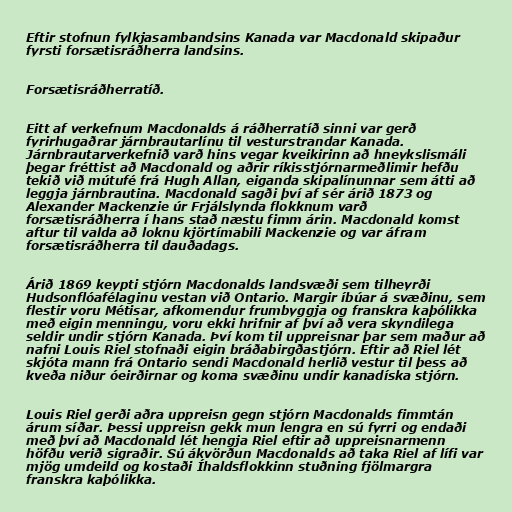
Eftir stofnun fylkjasambandsins Kanada var Macdonald skipaður
fyrsti forsætisráðherra landsins.

Forsætisráðherratíð.

Eitt af verkefnum Macdonalds á ráðherratíð sinni var gerð
fyrirhugaðrar járnbrautarlínu til vesturstrandar Kanada.
Járnbrautarverkefnið varð hins vegar kveikirinn að hneykslismáli
þegar fréttist að Macdonald og aðrir ríkisstjórnarmeðlimir hefðu
tekið við mútufé frá Hugh Allan, eiganda skipalínunnar sem átti að
leggja járnbrautina. Macdonald sagði því af sér árið 1873 og
Alexander Mackenzie úr Frjálslynda flokknum varð
forsætisráðherra í hans stað næstu fimm árin. Macdonald komst
aftur til valda að loknu kjörtímabili Mackenzie og var áfram
forsætisráðherra til dauðadags.

Árið 1869 keypti stjórn Macdonalds landsvæði sem tilheyrði
Hudsonflóafélaginu vestan við Ontario. Margir íbúar á svæðinu, sem
flestir voru Métisar, afkomendur frumbyggja og franskra kaþólikka
með eigin menningu, voru ekki hrifnir af því að vera skyndilega
seldir undir stjórn Kanada. Því kom til uppreisnar þar sem maður að
nafni Louis Riel stofnaði eigin bráðabirgðastjórn. Eftir að Riel lét
skjóta mann frá Ontario sendi Macdonald herlið vestur til þess að
kveða niður óeirðirnar og koma svæðinu undir kanadíska stjórn.

Louis Riel gerði aðra uppreisn gegn stjórn Macdonalds fimmtán
árum síðar. Þessi uppreisn gekk mun lengra en sú fyrri og endaði
með því að Macdonald lét hengja Riel eftir að uppreisnarmenn
höfðu verið sigraðir. Sú ákvörðun Macdonalds að taka Riel af lífi var
mjög umdeild og kostaði Íhaldsflokkinn stuðning fjölmargra
franskra kaþólikka.